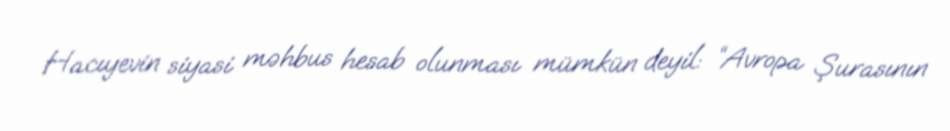
Hacıyevin siyasi məhbus hesab olunması mümkün deyil: “Avropa Şurasının